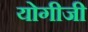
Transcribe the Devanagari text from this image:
योगीजी